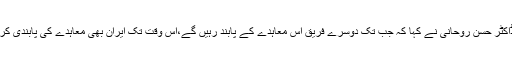
صدرڈاکٹر حسن روحانی نے کہا کہ جب تک دوسرے فریق اس معاہدے کے پابند رہیں گے،اس وقت تک ایران بھی معاہدے کی پابندی کرے گا۔